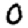
Digit: 0